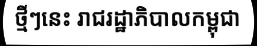
ថ្មីៗនេះ រាជរដ្ឋាភិបាលកម្ពុជា